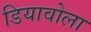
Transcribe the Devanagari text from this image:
डियावोला